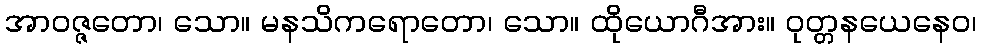
အာဝဇ္ဇတော၊ သော။ မနသိကရောတော၊ သော။ ထိုယောဂီအား။ ဝုတ္တနယေနေဝ၊